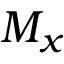
M _ { x }